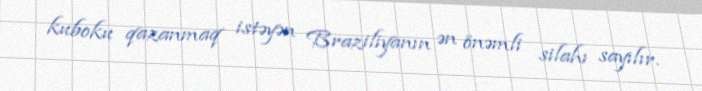
kuboku qazanmaq istəyən Braziliyanın ən önəmli silahı sayılır.